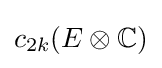
c_{2k}(E\otimes \mathbb {C} )